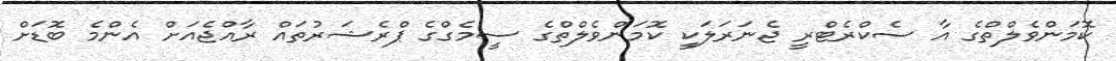
ކޮމަންވެލްތްގެ އާ ސެކްރެޓްރީ ޖެނަރަލަކީ ކޮމަންވެލްތްގެ ސީމެގްގެ ޕްރެޝަރުތައް ރާއްޖެއަށް އެންމެ ބޮޑަށް